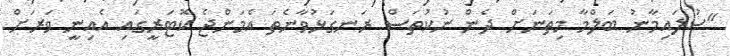
"ސުލައިމާނު ބަލްމާ މިތަނަށް ދެން ނުކުތަސް ރަނގަޅުވާނެތަ އެމަންޖެ ކޮޓަރީގައި އެއިނީ ވަރަށް